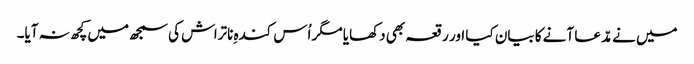
میں نے مدّعا آنے کا بیان کیا اور رقعہ بھی دکھایا مگر اُس کندہِ ناتراش کی سمجھ میں کچھ نہ آیا۔